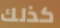
كذلك